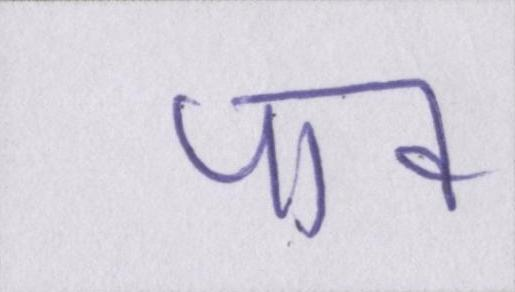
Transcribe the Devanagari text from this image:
पाव